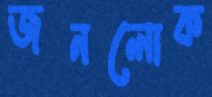
জনলোক